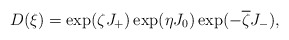
\begin{align*}D(\xi) =\exp(\zeta J_+)\exp(\eta J_0)\exp(- \overline\zeta J_-),\end{align*}